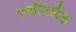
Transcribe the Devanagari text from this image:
स्कॉटलैंड़